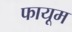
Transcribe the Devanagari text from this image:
फायूम